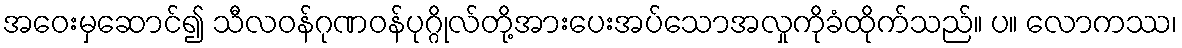
အဝေးမှဆောင်၍ သီလဝန်ဂုဏဝန်ပုဂ္ဂိုလ်တို့အားပေးအပ်သောအလှုကိုခံထိုက်သည်။ ပ။ လောကဿ၊